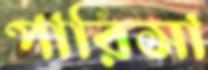
পারিসা